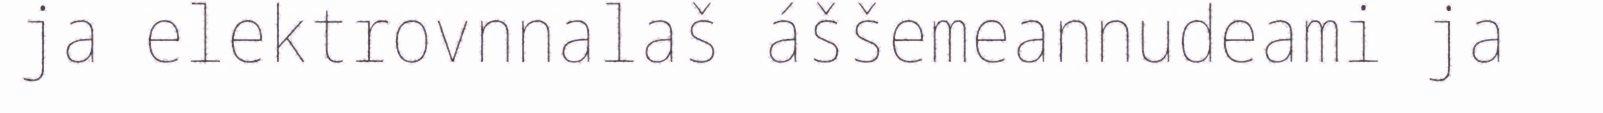
ja elektrovnnalaš áššemeannudeami ja